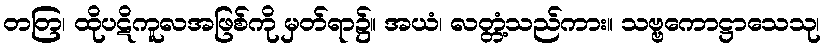
တတြ၊ ထိုပဋိကူလအဖြစ်ကို မှတ်ရာ၌။ အယံ၊ လတ္တံ့သည်ကား။ သဗ္ဗကောဋ္ဌာသေသု၊